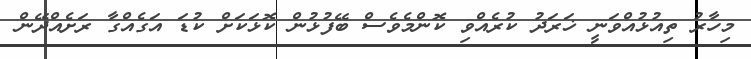
މިހާރު ތިއުޅުއްވަނީީ ޚަރަދު ކުރެއްވި ކޮންމެވެސް ބޭފުޅުން ކޮޅަކަށް ކުޑަ އަގެއްގާ ރަށެއްދޭން